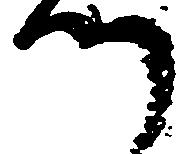
つ